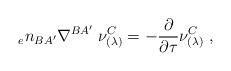
\begin{align*}{_{e}n_{BA'}}\nabla^{BA'} \; \nu_{(\lambda)}^{C}=-{\partial \over \partial \tau} \nu_{(\lambda)}^{C} \; ,\end{align*}